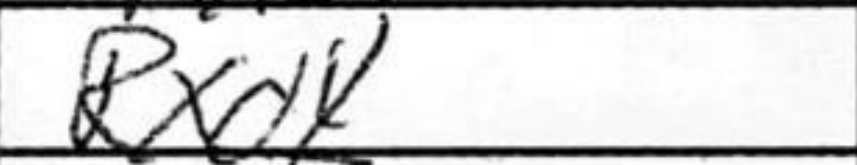
Transcription: Rxd4